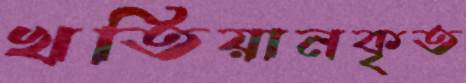
খতিয়ানকৃত